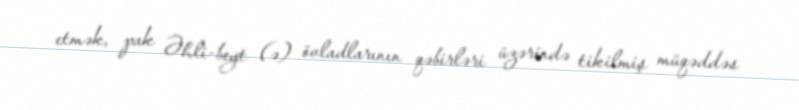
etmək, pak Əhli-beyt (ə) övladlarının qəbirləri üzərində tikilmiş müqəddəs